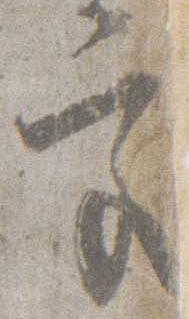
宮